Leaving Certificate Examination (including Day School Certificate (Higher) General paper), 1926
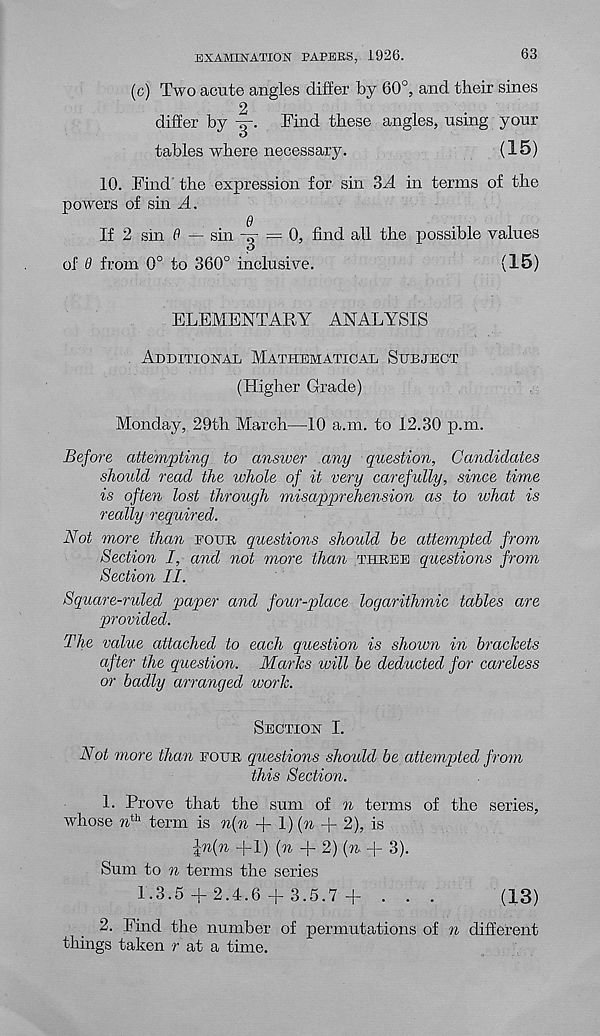
EXAMINATION PAPERS, 1926.
63
(c) Two acute angles differ by 60°, and their sines
2
differ by y. Find these angles, using your
tables where necessary.
(15)
10. Find the expression for sin 3A in terms of the
powers of sin A.
6
If 2 sin 0 — sin -g- = 0, find all the possible values
of 0 from 0° to 360° inclusive.
(15)
ELEMENTARY ANALYSIS
Additional Mathematical Subject
(Higher Grade)
Monday, 29th March—10 a.m. to 12.30 p.m.
Before attempting to answer any question, Candidates
should read the whole of it very carefully, since time
is often lost through misapprehension as to what is
really required.
Not more than eoue, questions should be attempted from
Section I, and not more than three questions from
Section II.
Square-ruled paper and four-place logarithmic tables are
provided.
The value attached to each question is shown in brackets
after the question. Marks will be deducted for careless
or badly arranged work.
Section I.
Not more than eour questions should be attempted from
this Section.
1. Prove that the sum of n terms of the series,
whose n th term is n(n + !)(% + 2), is
in(n +1) (n + 2) (n + 3).
Sum to n terms the series
1.3.5 + 2.4.6 + 3.5.7 + . . .
(13)
2. Find the number of permutations of n different
things taken r at a time.